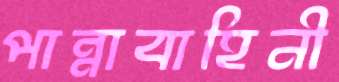
পান্নাবাহিনী